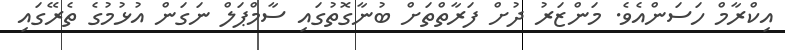
އިކްރާމް ހަސަންއެވެ. މަންޒަރު ދުށް ފަރާތްތަށް ބުނާގޮތުގައި ސާމްޕަލް ނަގަން އުޅުމުގެ ތެރޭގައި